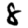
Digit: 8